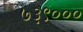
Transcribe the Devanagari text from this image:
७३९०००